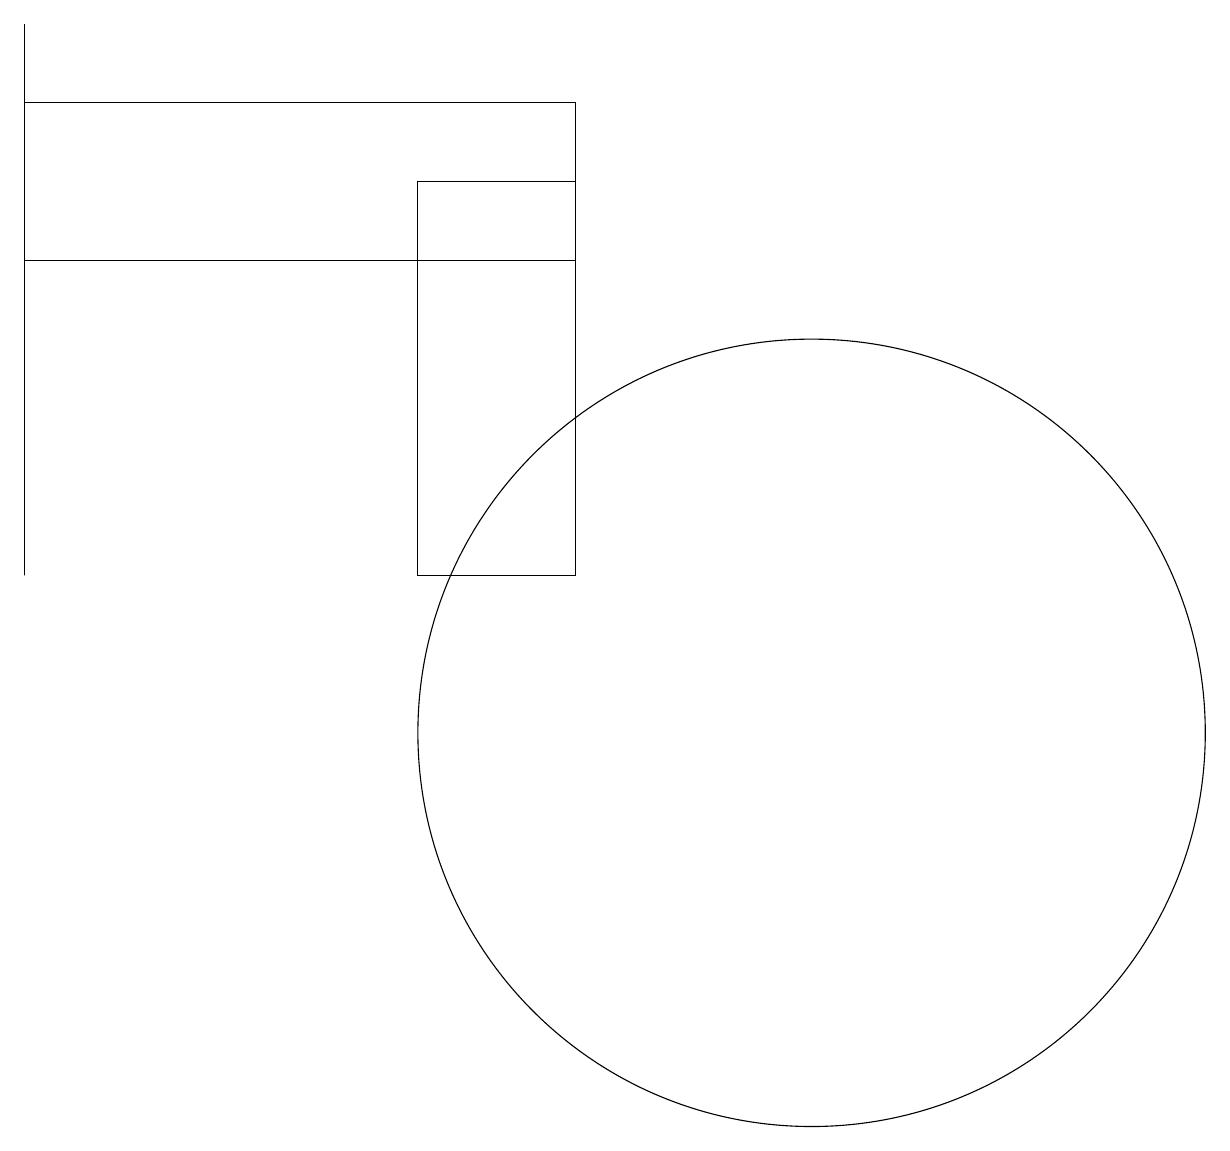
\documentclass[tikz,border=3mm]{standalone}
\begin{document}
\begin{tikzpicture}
\draw (12,10) circle (5);
\draw (9,16) rectangle (2,18);
\draw (9,12) rectangle (7,17);
\draw (2,19) rectangle (2,12);
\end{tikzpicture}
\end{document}